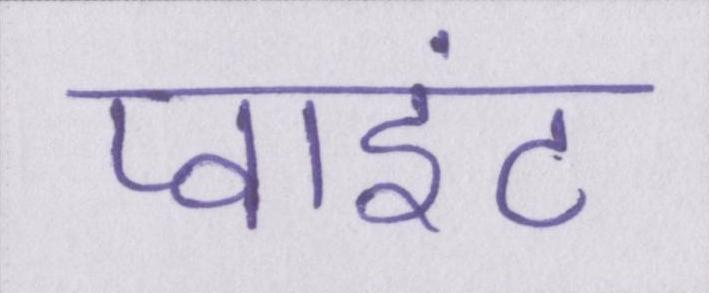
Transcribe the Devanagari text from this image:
प्वाइंट